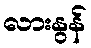
လားနွန်